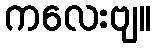
ကလေးဗျ။